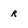
Character: r